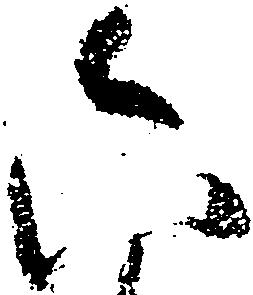
六